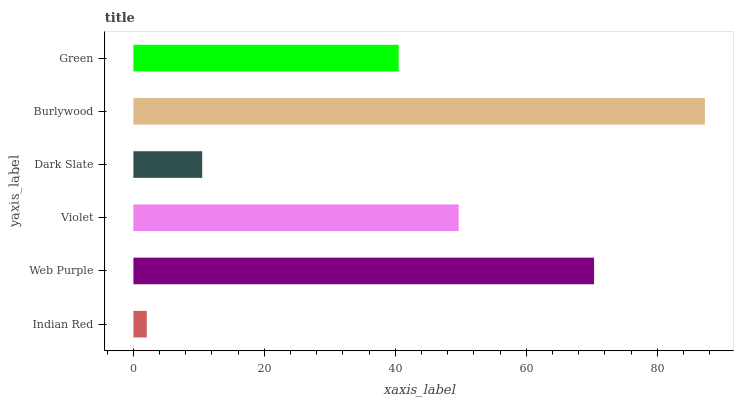
| yaxis_label | bars |
 | --- | --- |
 | Indian Red | 2.04 |
 | Web Purple | 70.4 |
 | Violet | 49.7 |
 | Dark Slate | 10.5 |
 | Burlywood | 87.3 |
 | Green | 40.5 |